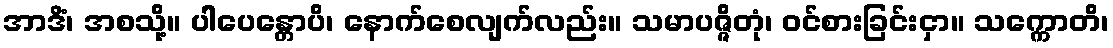
အာဒိံ၊ အစသို့။ ပါပေန္တောပိ၊ နောက်စေလျက်လည်း။ သမာပဇ္ဇိတုံ၊ ဝင်စားခြင်းငှာ။ သက္ကောတိ၊